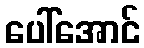
ပေါ်အောင်